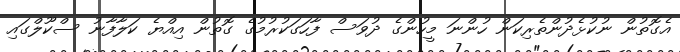
އެގޮތުން ނުކުޅެދުންތެރިކަން ހުންނަ މީހުންގެ ދުވަސް ފާހަގަކުރުމުގެ ގޮތުން އިއްޔެ ކަލާފާނު ސްކޫލްގައި